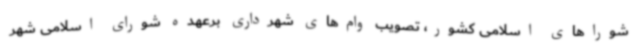
شوراهای اسلامی کشور، تصویب وام‌های شهرداری برعهده شورای اسلامی شهر